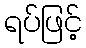
ရပ်ဖြင့်